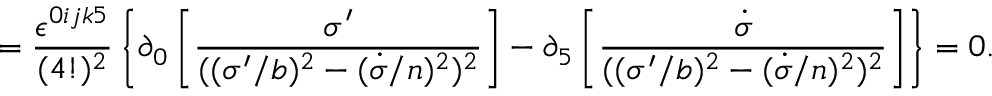
= \frac { \epsilon ^ { 0 i j k 5 } } { ( 4 ! ) ^ { 2 } } \left\{ \partial _ { 0 } \left[ \frac { \sigma ^ { \prime } } { ( ( \sigma ^ { \prime } / b ) ^ { 2 } - ( \dot { \sigma } / n ) ^ { 2 } ) ^ { 2 } } \right] - \partial _ { 5 } \left[ \frac { \dot { \sigma } } { ( ( \sigma ^ { \prime } / b ) ^ { 2 } - ( \dot { \sigma } / n ) ^ { 2 } ) ^ { 2 } } \right] \right\} = 0 .